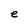
Character: e